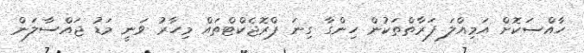
ހާއްސަކޮށް އަމިއްލަ ފަރާތްތަކުން ހިންގާ ގިނަ ޕްރޮޖެކްޓްތައް މިހާރު ވަނީ މަޑު ޖައްސާލަން